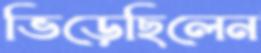
ভিড়েছিলেন